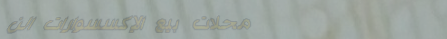
محلات بيع الإكسسوارات الن